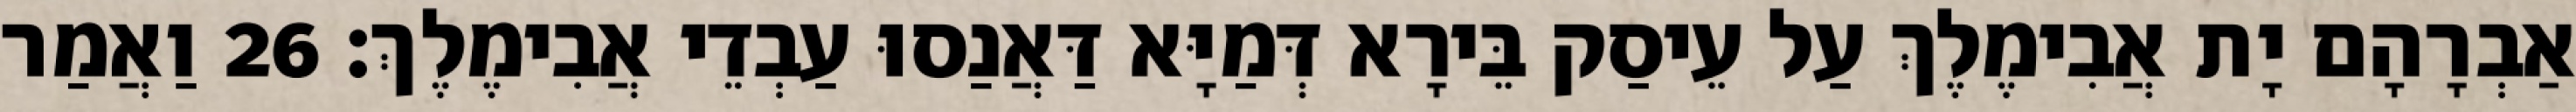
אַבְרָהָם יָת אֲבִימֶלֶךְ עַל עֵיסַק בֵּירָא דְּמַיָּא דַּאֲנַסוּ עַבְדֵי אֲבִימֶלֶךְ׃ 26 וַאֲמַר